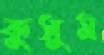
কুসুম